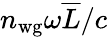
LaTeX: n_{\mathrm{wg}}\omega\overline{{L}}/c